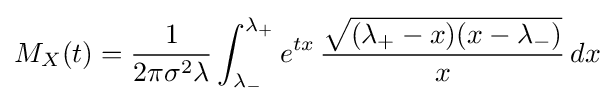
M_{X}(t)={\frac {1}{2\pi \sigma ^{2}\lambda }}\int _{\lambda _{-}}^{\lambda _{+}}e^{tx}\,{\frac {\sqrt {(\lambda _{+}-x)(x-\lambda _{-})}}{x}}\,dx